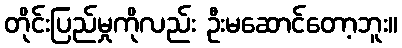
တိုင်းပြည်မှုကိုလည်း ဦးမဆောင်တော့ဘူး။